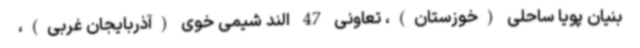
‌بنیان پویا ساحلی (خوزستان)، تعاونی 47 الند شیمی خوی (آذربایجان غربی)،